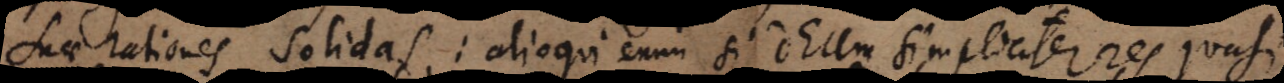
suae rationes solidas: alioqui enim si Deum simpliciter res quasi